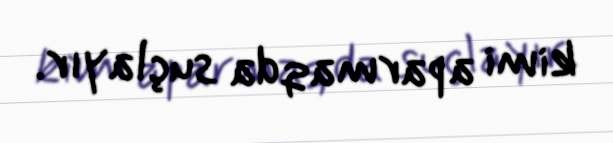
kimi aparmaqda suçlayır.